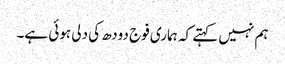
ہم نہیں کہتے کہ ہماری فوج دودھ کی دلی ہوئی ہے۔